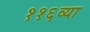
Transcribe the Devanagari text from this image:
११६व्या